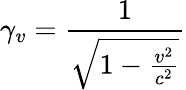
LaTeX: \gamma_{v}={\frac{1}{\sqrt{1-{\frac{v^{2}}{c^{2}}}}}}